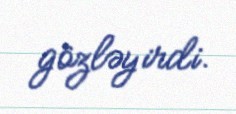
gözləyirdi.